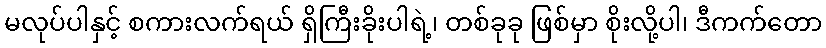
မလုပ်ပါနှင့် စကားလက်ရယ် ရှိကြီးခိုးပါရဲ့၊ တစ်ခုခု ဖြစ်မှာ စိုးလို့ပါ၊ ဒီကက်တော